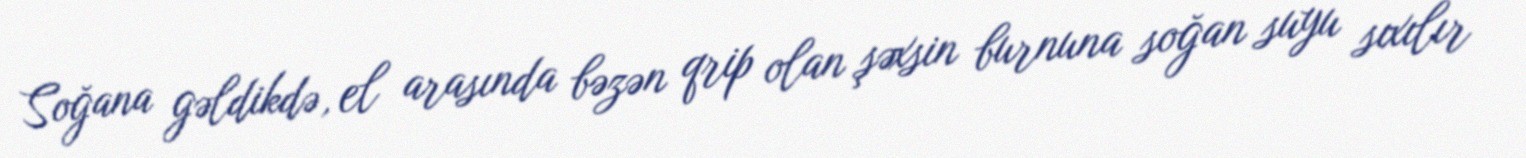
Soğana gəldikdə, el arasında bəzən qrip olan şəxsin burnuna soğan suyu sıxılır